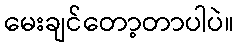
မေးချင်တော့တာပါပဲ။